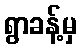
ရွာခန့်မှ